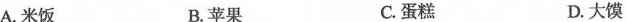
A米饭 B.苹果 C.蛋糕 D.大馍